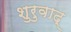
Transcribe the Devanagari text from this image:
शुरुवाद्